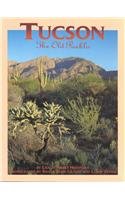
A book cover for TUCSON The Old Pueblo; Schnebly Heidinger; Travel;